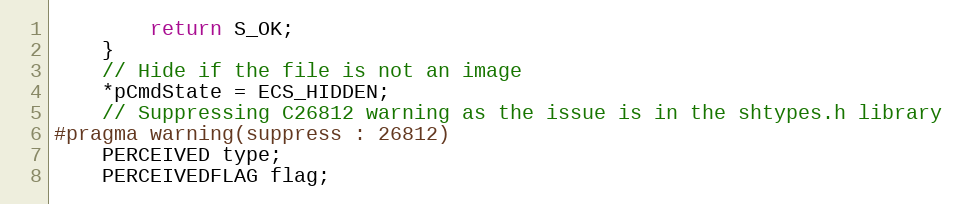
Language: C++
        return S_OK;
    }
    // Hide if the file is not an image
    *pCmdState = ECS_HIDDEN;
    // Suppressing C26812 warning as the issue is in the shtypes.h library
#pragma warning(suppress : 26812)
    PERCEIVED type;
    PERCEIVEDFLAG flag;